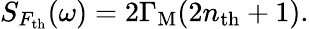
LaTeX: S_{F_{\mathrm{th}}}(\omega)=2\Gamma_{\mathrm{M}}(2n_{\mathrm{th}}+1).